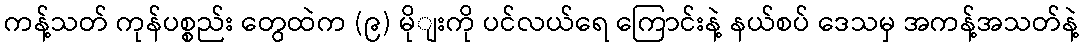
ကန့်သတ် ကုန်ပစ္စည်း တွေထဲက (၉) မိုျးကို ပင်လယ်ရေ ကြောင်းနဲ့ နယ်စပ် ဒေသမှ အကန့်အသတ်နဲ့